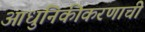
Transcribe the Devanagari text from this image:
आधुनिकीकरणाची